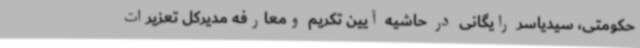
حکومتی، سیدیاسر رایگانی در حاشیه آیین تکریم ومعارفه مدیرکل تعزیرات